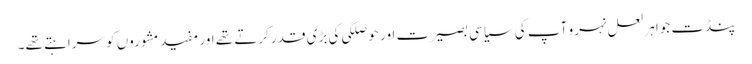
پنڈت جواہر لعل نہرو آپ کی سیاسی بصیرت اور حوصلگی کی بڑی قدر کرتے تھے اور مفید مشوروں کو سراہتے تھے۔